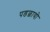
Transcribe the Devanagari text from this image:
पडछायो